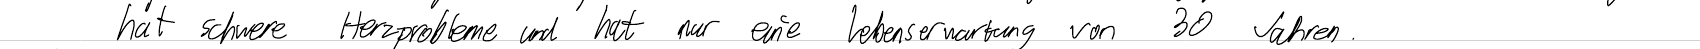
hat schwere Herzprobleme und hat nur eine Lebenserwartung von 30 Jahren.